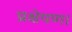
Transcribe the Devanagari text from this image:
प्रक्षेपण।